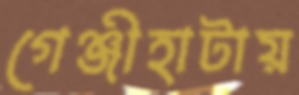
গেঞ্জীহাটায়